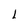
Character: l